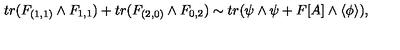
t r ( F _ { ( 1 , 1 ) } \wedge F _ { 1 , 1 } ) + t r ( F _ { ( 2 , 0 ) } \wedge F _ { 0 , 2 } ) \sim t r ( \psi \wedge \psi + F [ A ] \wedge \langle \phi \rangle ) ,